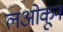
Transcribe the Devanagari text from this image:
लओकून